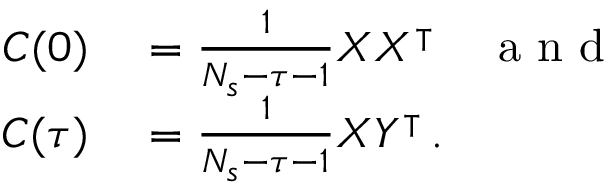
\begin{array} { r l } { C ( 0 ) } & { { } = \frac { 1 } { N _ { s } - \tau - 1 } X X ^ { \intercal } \quad \mathrm { ~ a ~ n ~ d ~ } } \\ { C ( \tau ) } & { { } = \frac { 1 } { N _ { s } - \tau - 1 } X Y ^ { \intercal } \, . } \end{array}